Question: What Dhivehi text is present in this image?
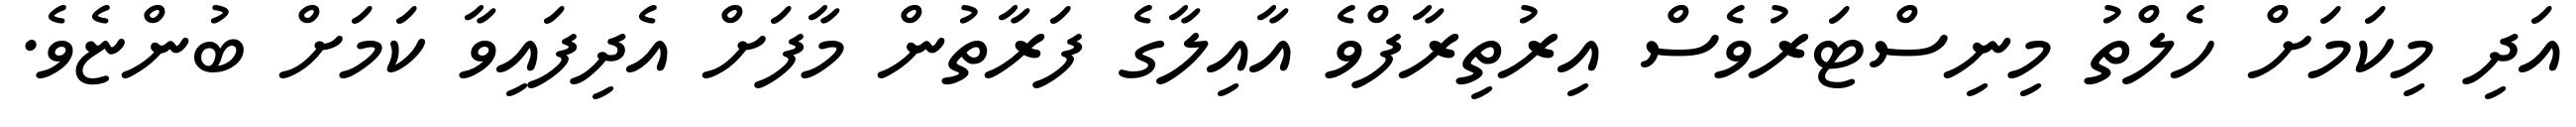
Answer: އަދި މިކަމަށް ހެލްތު މިނިސްޓަރުވެސް އިރުތިރާފްވެ އާއިލާގެ ފަރާތުން މާފަށް އެދިފައިވާ ކަމަށް ބުންޏެވެ.